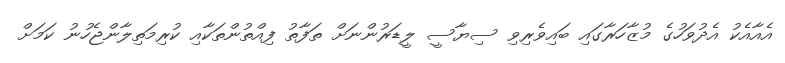
އެއާއެކު އެދުވަހުގެ މުޒާހަރާގައި ބައިވެރިވި ސިޔާސީ ލީޑަރުންނަށް ތަފާތު ފިއްތުންތަކާއި ކުރިމަތިލާންޖެހުނު ކަމަށް